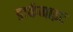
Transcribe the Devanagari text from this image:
डार्कनाइट